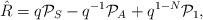
LaTeX: \begin{align*}\hat R=q{\cal P}_S-q^{-1}{\cal P}_A +q^{1-N}{\cal P}_1 , \end{align*}